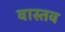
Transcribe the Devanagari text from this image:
वास्तव